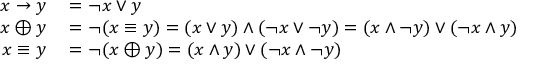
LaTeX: \begin{array} { r l } { x \rightarrow y } & { { } = \neg { x } \vee y } \\ { x \oplus y } & { { } = \neg ( x \equiv y ) = ( x \vee y ) \wedge ( \neg x \vee \neg y ) = ( x \wedge \neg y ) \vee ( \neg x \wedge y ) } \\ { x \equiv y } & { { } = \neg { ( x \oplus y ) } = ( x \wedge y ) \vee ( \neg x \wedge \neg y ) } \end{array}